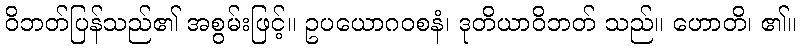
ဝိဘတ်ပြန်သည်၏ အစွမ်းဖြင့်။ ဥပယောဂဝစနံ၊ ဒုတိယာဝိဘတ် သည်။ ဟောတိ၊ ၏။